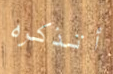
أتذكره